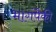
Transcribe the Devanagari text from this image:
भागंपैकी